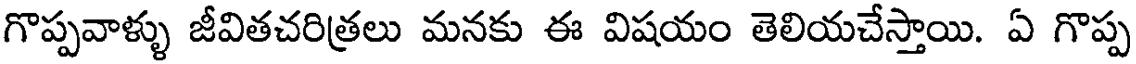
గొప్పవాళ్ళు జీవితచరిత్రలు మనకు ఈ విషయం తెలియచేస్తాయి. ఏ గొప్ప